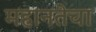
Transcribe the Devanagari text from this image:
महानतेचा